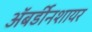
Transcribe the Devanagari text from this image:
अॅबर्डीनशायर